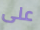
على